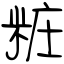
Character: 粧